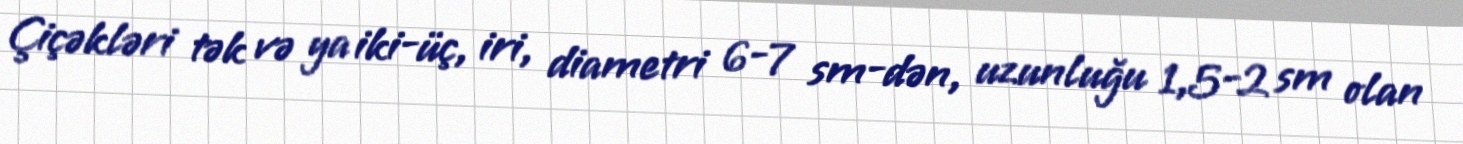
Çiçəkləri tək və ya iki-üç, iri, diametri 6-7 sm-dən, uzunluğu 1,5-2 sm olan